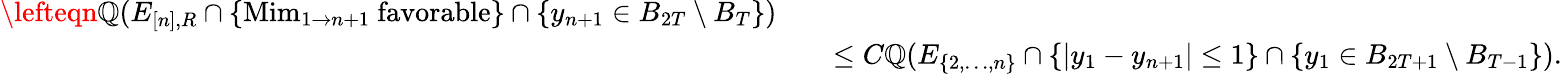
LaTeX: \begin{array}{rl}{\lefteqn{\mathbb Q(E_{[n],R}\cap\{ \mathrm{Mim}_{1\to n+1}\mathrm{~favorable}\} \cap\{ y_{n+1}\in B_{2T}\setminus B_{T}\} )}\quad}&{}\\ &{\leq C\mathbb Q(E_{\{ 2,\ldots,n\} }\cap\{ |y_{1}-y_{n+1}|\leq 1\} \cap\{ y_{1}\in B_{2T+1}\setminus B_{T-1}\} ).}\end{array}